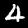
Label: 4